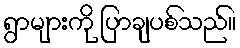
ရွာများကို ပြာချပစ်သည်။